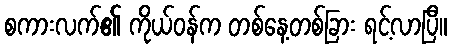
စကားလက်၏ ကိုယ်ဝန်က တစ်နေ့တစ်ခြား ရင့်လာပြီ။